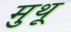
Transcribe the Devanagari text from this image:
मुथू